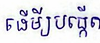
ដើម្បីបង្កើត